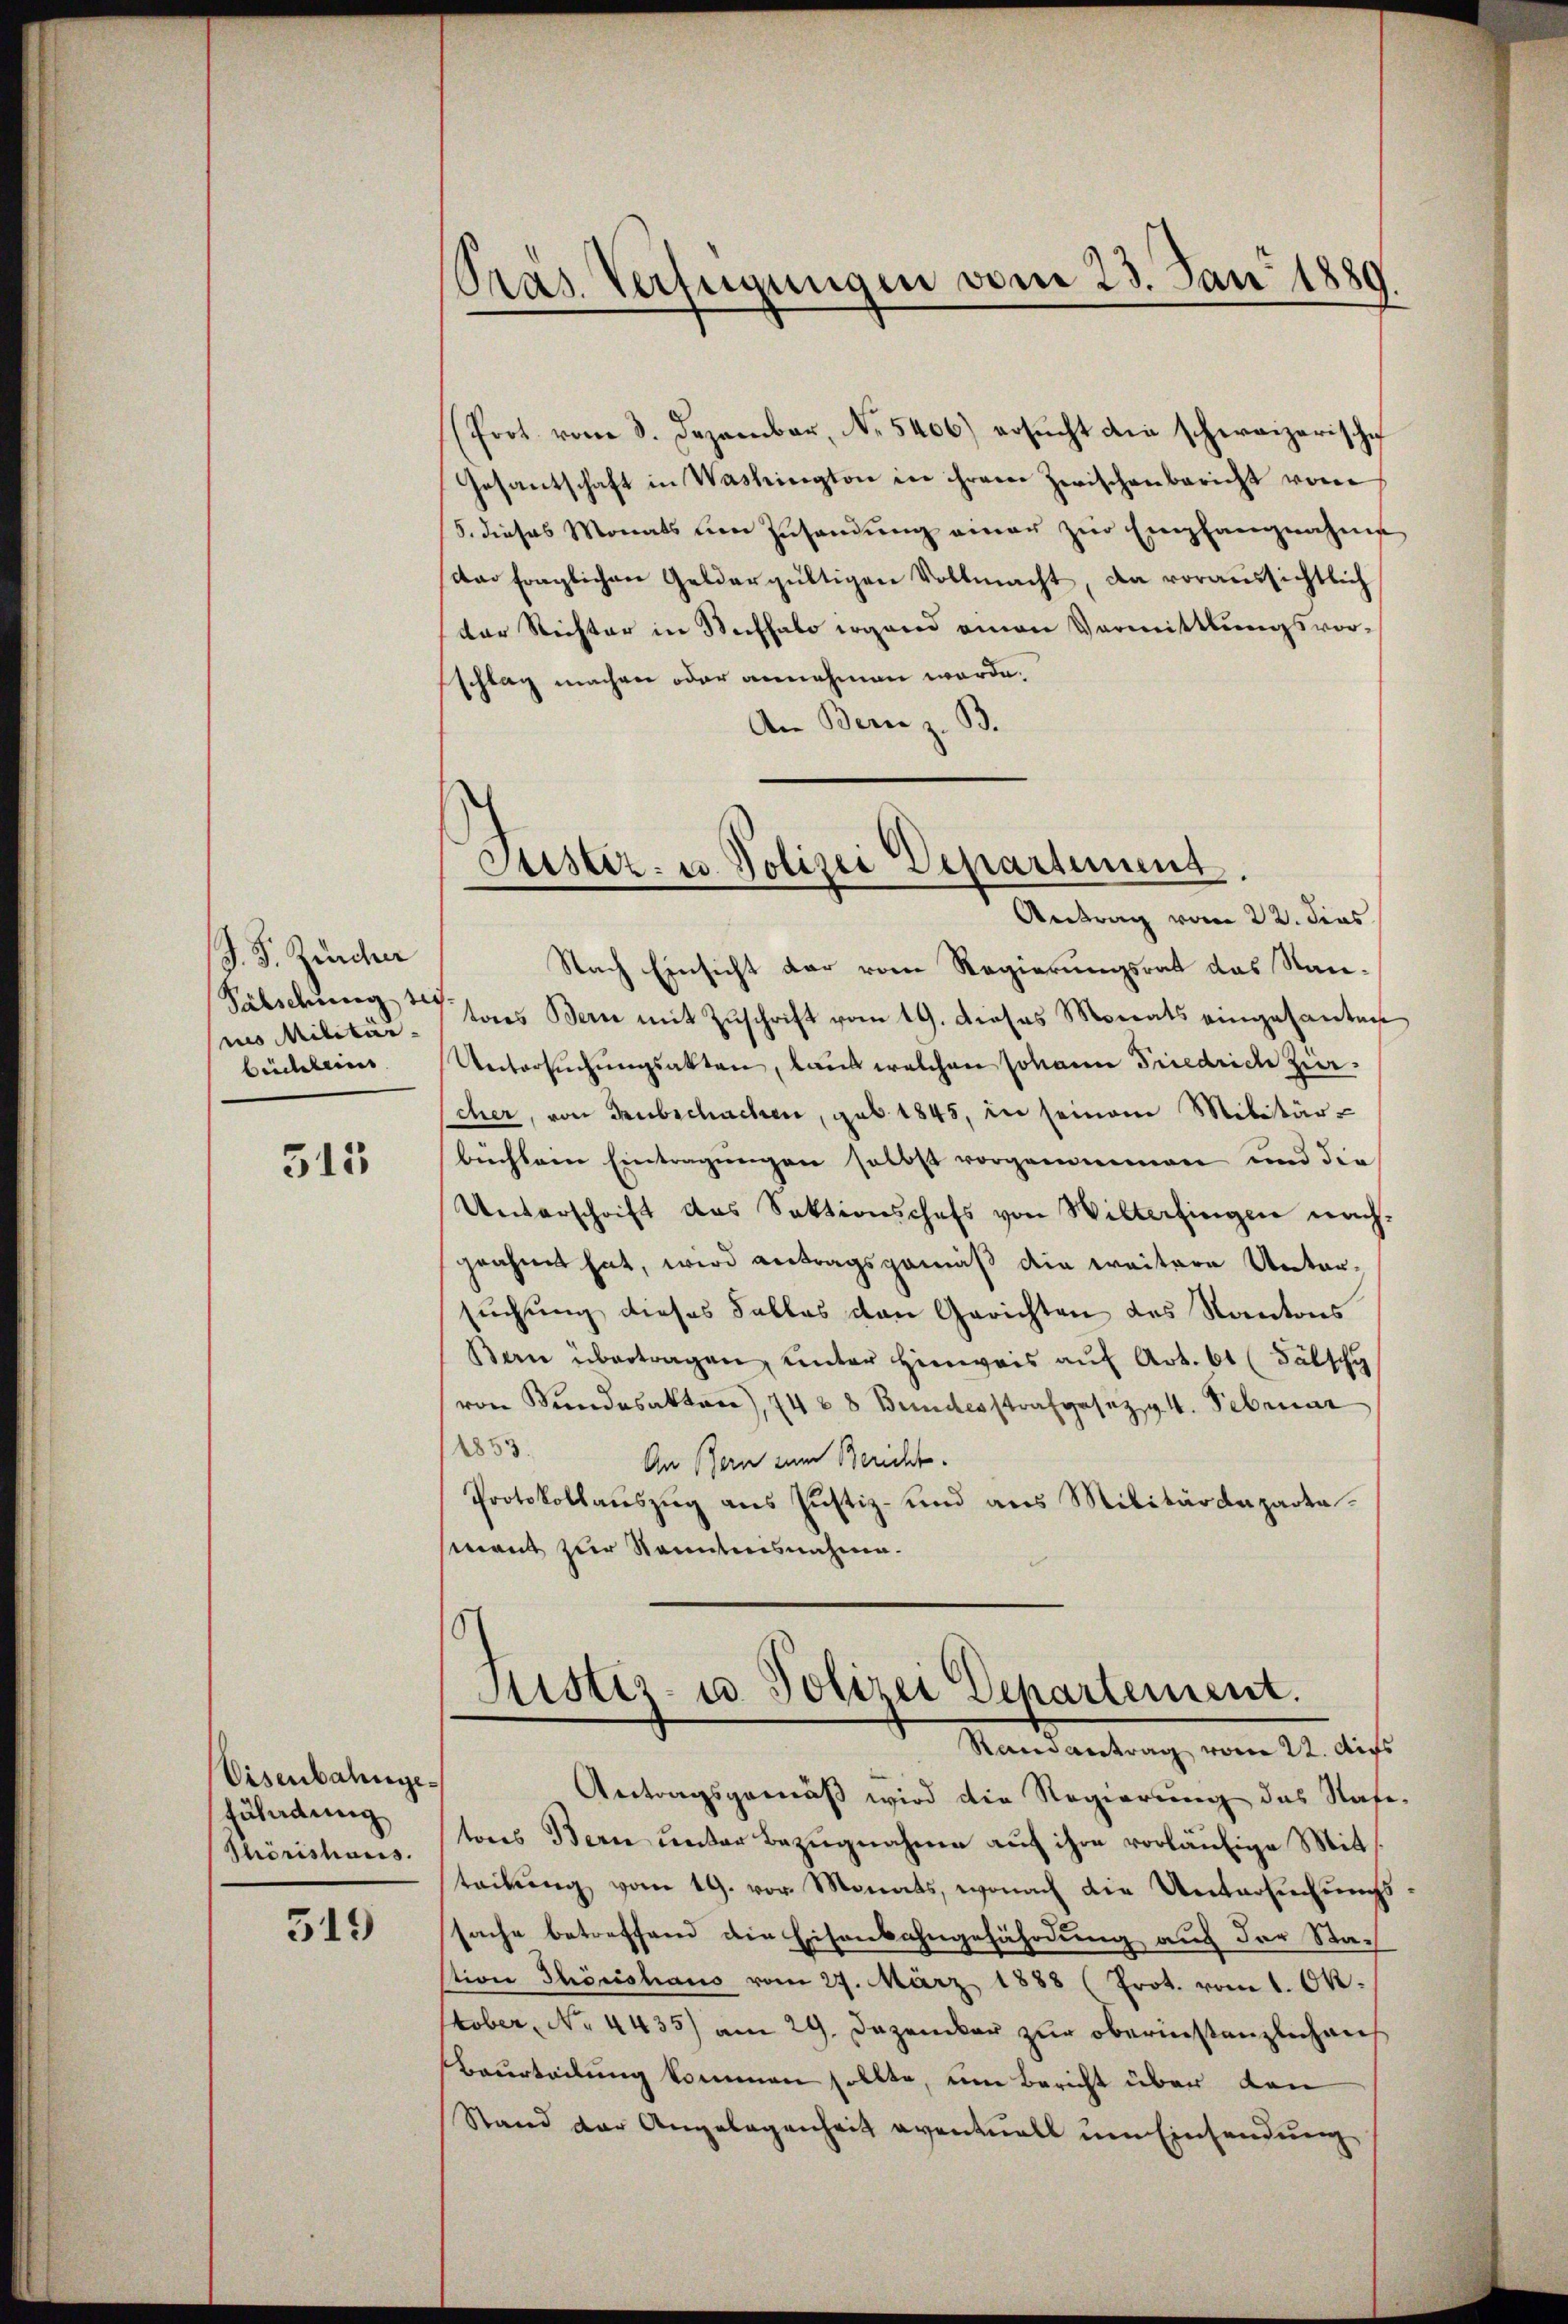
J. J. Zürchen
Palschung sei
nes Militär-
büchlein

315

Visenbahngezuladung
Phörishaus.

319

Pras Verfügungen vom 23. Jan 1880

Stister- u. Polizei Departement.

Prot. vom 3. Dezember, No. 5406) ersŭcht die schweizerische
Gesantschaft in Washington in ihrem Zwischenbericht vom
5. dieses Monats den Zusendung einer zur Empfangnahme
da fraglichen Geldergültigen Vollmacht, da voraussichtlich
der Rechter in Steffalo irgend einen Vermittlungsvor-
schlag machen oder annehmen werde.
An Bern z. B.
Antrag vom 22. dies
Nach Einsicht der vom Regierungsrat das Nantores Bern mit Zuschrift vom 19. Dieses Monats eingesanten
Untersŭchŭngsakten, laut welchen Johann Friedrich Zürcher, von Hubschachen, geb. 1845, in seinem Militär-
bichlem Eintragungen selbst vorgenommen und die
Unterschrift das Sektionschefs von Willetingen nach-
grahnet hat, wird antragsgemäß die weitere Unter-
suchung dieses Falles den Gerichten des Kantons
Bern übertragen, unter Hinweis aŭf Art. 61 (Fälsch
von Bundesakter), 74 & 8 Bundesstrafgesetzg. 4. Februar
1853.
An Bern zum Bericht.
Protokollauszug aus Justiz- und aus Militärdepartamant zur Kenntnisnahme.

16
Justiz- u. Polizei Departement.
Rane antrag vom 22. Aus

Antragsgemäß wird die Regierung das Stafe-
tores Bern unter Bezugnahme auf ihre vorläufige Mitteckŭng vom 19. vor. Monats, wonach die Untersuchungssache betreffend die Eisenbahngefährdung auf der Nach
tion Thörishaus vom 27. März 1888 (Prot. vom 1. Okt.
stober, No. 4435) am 29. Dezember zur oberinstanzlichen
Beurteilung kommen sollte, um Bericht über den
Stand der Angelegenheit eventuell um Einsendung